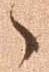
々